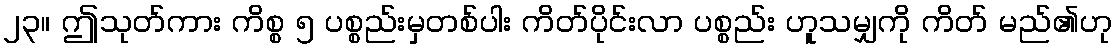
၂၃။ ဤသုတ်ကား ကိစ္စ ၅ ပစ္စည်းမှတစ်ပါး ကိတ်ပိုင်းလာ ပစ္စည်း ဟူသမျှကို ကိတ် မည်၏ဟု